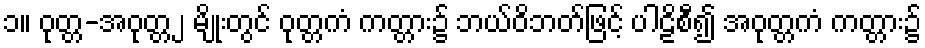
၁။ ဝုတ္တ-အဝုတ္တ၂ မျိုးတွင် ဝုတ္တကံ ကတ္တား၌ ဘယ်ဝိဘတ်ဖြင့် ပါဠိစီ၍ အဝုတ္တကံ ကတ္တား၌